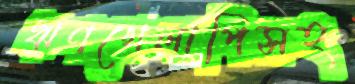
ঋণখেলাপিসহ